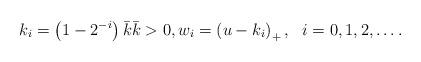
LaTeX: \begin{align*}&k_{i}=\left(1-2^{-i}\right) \bar{k} \bar{k}>0, w_{i}=\left(u-k_{i}\right)_{+}, ~~ i=0,1,2,\ldots.\end{align*}